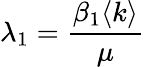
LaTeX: \lambda_{1}=\frac{\beta_{1}\langle k\rangle}{\mu}